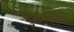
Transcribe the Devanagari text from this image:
भुजरियाच्या